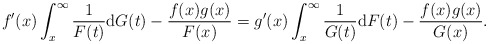
\begin{align*}f'(x)\int_{x}^{\infty}\frac{1}{F(t)}{\rm d}G(t)-\frac{f(x)g(x)}{F(x)} =g'(x)\int_{x}^{\infty}\frac{1}{G(t)}{\rm d}F(t)-\frac{f(x)g(x)}{G(x)}.\end{align*}